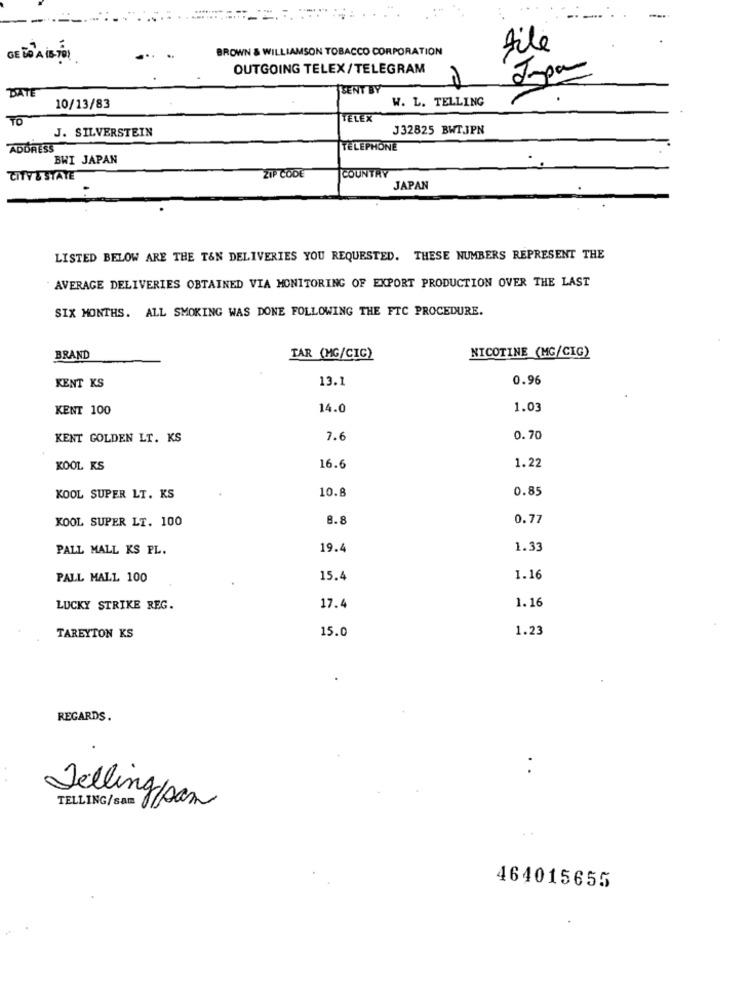
BROWN & WILLIAMSON TOBACCO CORPORATION
file
GE L'AISTOR
OUTGOING TELEX/TELEGRAM
Jopa
DATE
SENT BY
W. L. TELLING
10/13/83
TO
TELEX
J. SILVERSTEIN
J32825 BWTJPN
ADDRESS
TELEPHONE
BWI JAPAN
COUNTRY
CITY & STATE
ZIP CODE
JAPAN
LISTED BELOW ARE THE T&N DELIVERIES YOU REQUESTED. THESE NUMBERS REPRESENT THE
AVERAGE DELIVERIES OBTAINED VIA MONITORING OF EXPORT PRODUCTION OVER THE LAST
SIX MONTHS. ALL SMOKING WAS DONE FOLLOWING THE FTC PROCEDURE.
BRAND
TAR (MG/CIG)
NICOTINE (MG/CIG)
13.1
0.96
KENT KS
KENT 100
14.0
1.03
KENT GOLDEN LT. KS
7.6
0.70
KOOL KS
16.6
1.22
0.85
KOOL SUPER LT. KS
10.8
KOOL SUPER LI. 100
8.8
0.77
PALL MALL KS PL.
19.4
1.33
PALL MALL 100
15.4
1.16
1.16
LUCKY STRIKE REG.
17.4
15.0
1.23
TAREYTON KS
REGARDS.
Telling
TELLING/sam g/san
464015655